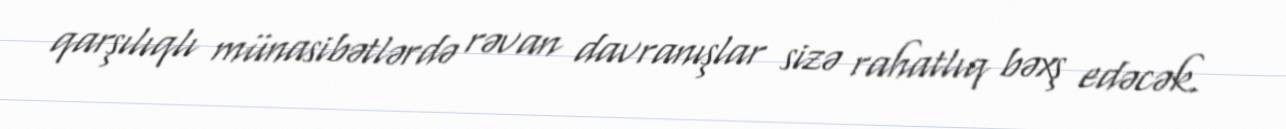
qarşılıqlı münasibətlərdə rəvan davranışlar sizə rahatlıq bəxş edəcək.